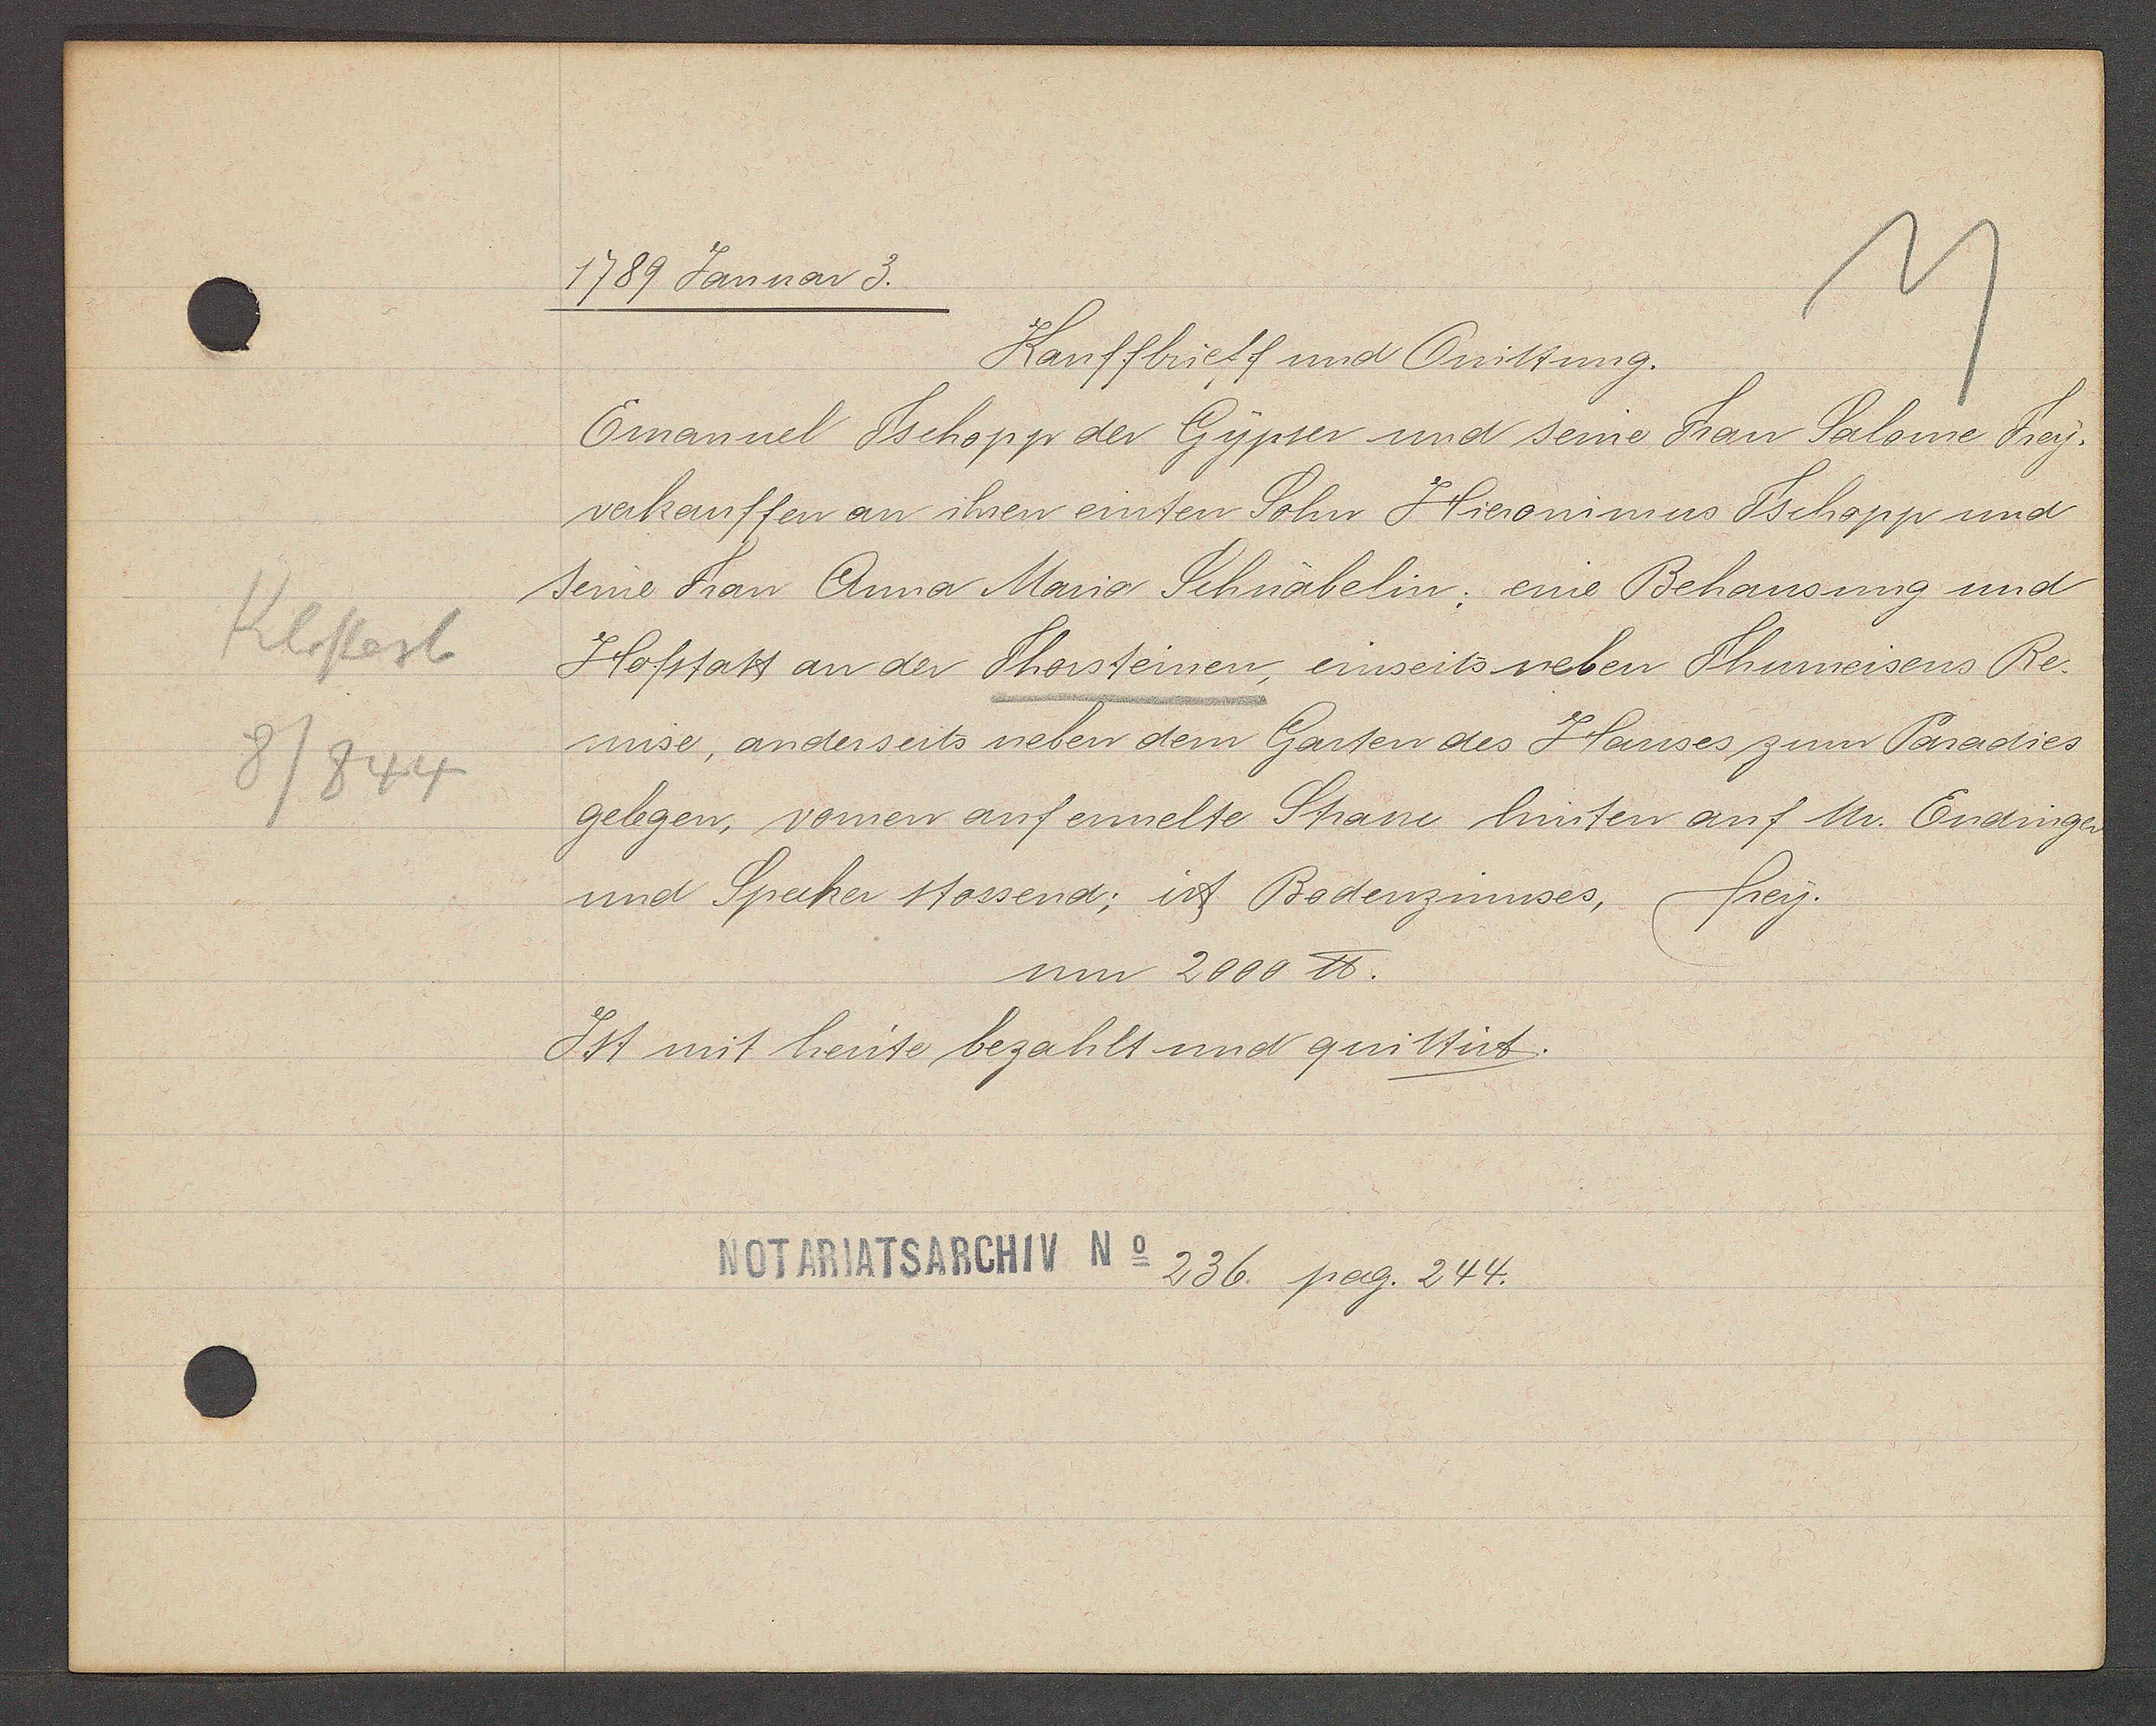
Transcript:
Klosterb
8/844

1789 Januar 3.

Kauffbrieff und Quittung.
Emanuel Tschopp der Gypser und seine Frau Salome Frey.
verkauffen an ihren einten Sohn Hieronimus Tschopp und
seine Frau Anna Maria Schnäbelin eine Behausung und
Hofstatt an der Thorsteinen, einseits neben Thurneisens Re¬
mise, anderseits neben dem Garten des Hauses zum Paradies
gelegen, vornen auf ermelte Strasse hinten auf Mr. Endinger
und Specker stossend; ist Bodenzinnses,
frey.
um 2000 ℔.
Ist mit heute bezahlt und quittirt.

Notariatsarchiv No 236. pag. 244.